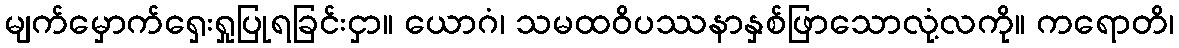
မျက်မှောက်ရှေးရှုပြုရခြင်းငှာ။ ယောဂံ၊ သမထဝိပဿနာနှစ်ဖြာသောလုံ့လကို။ ကရောတိ၊